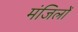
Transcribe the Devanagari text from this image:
मंजिलोँ